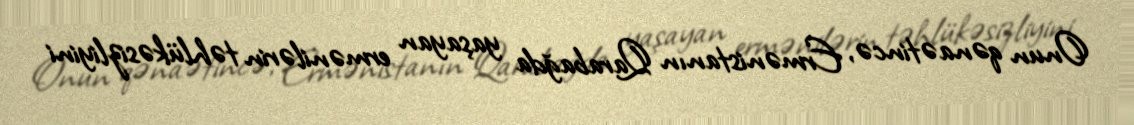
Onun qənaətincə, Ermənistanın Qarabağda yaşayan ermənilərin təhlükəsizliyini